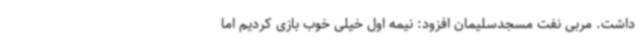
داشت. مربی نفت مسجدسلیمان افزود: نیمه اول خیلی خوب بازی کردیم اما